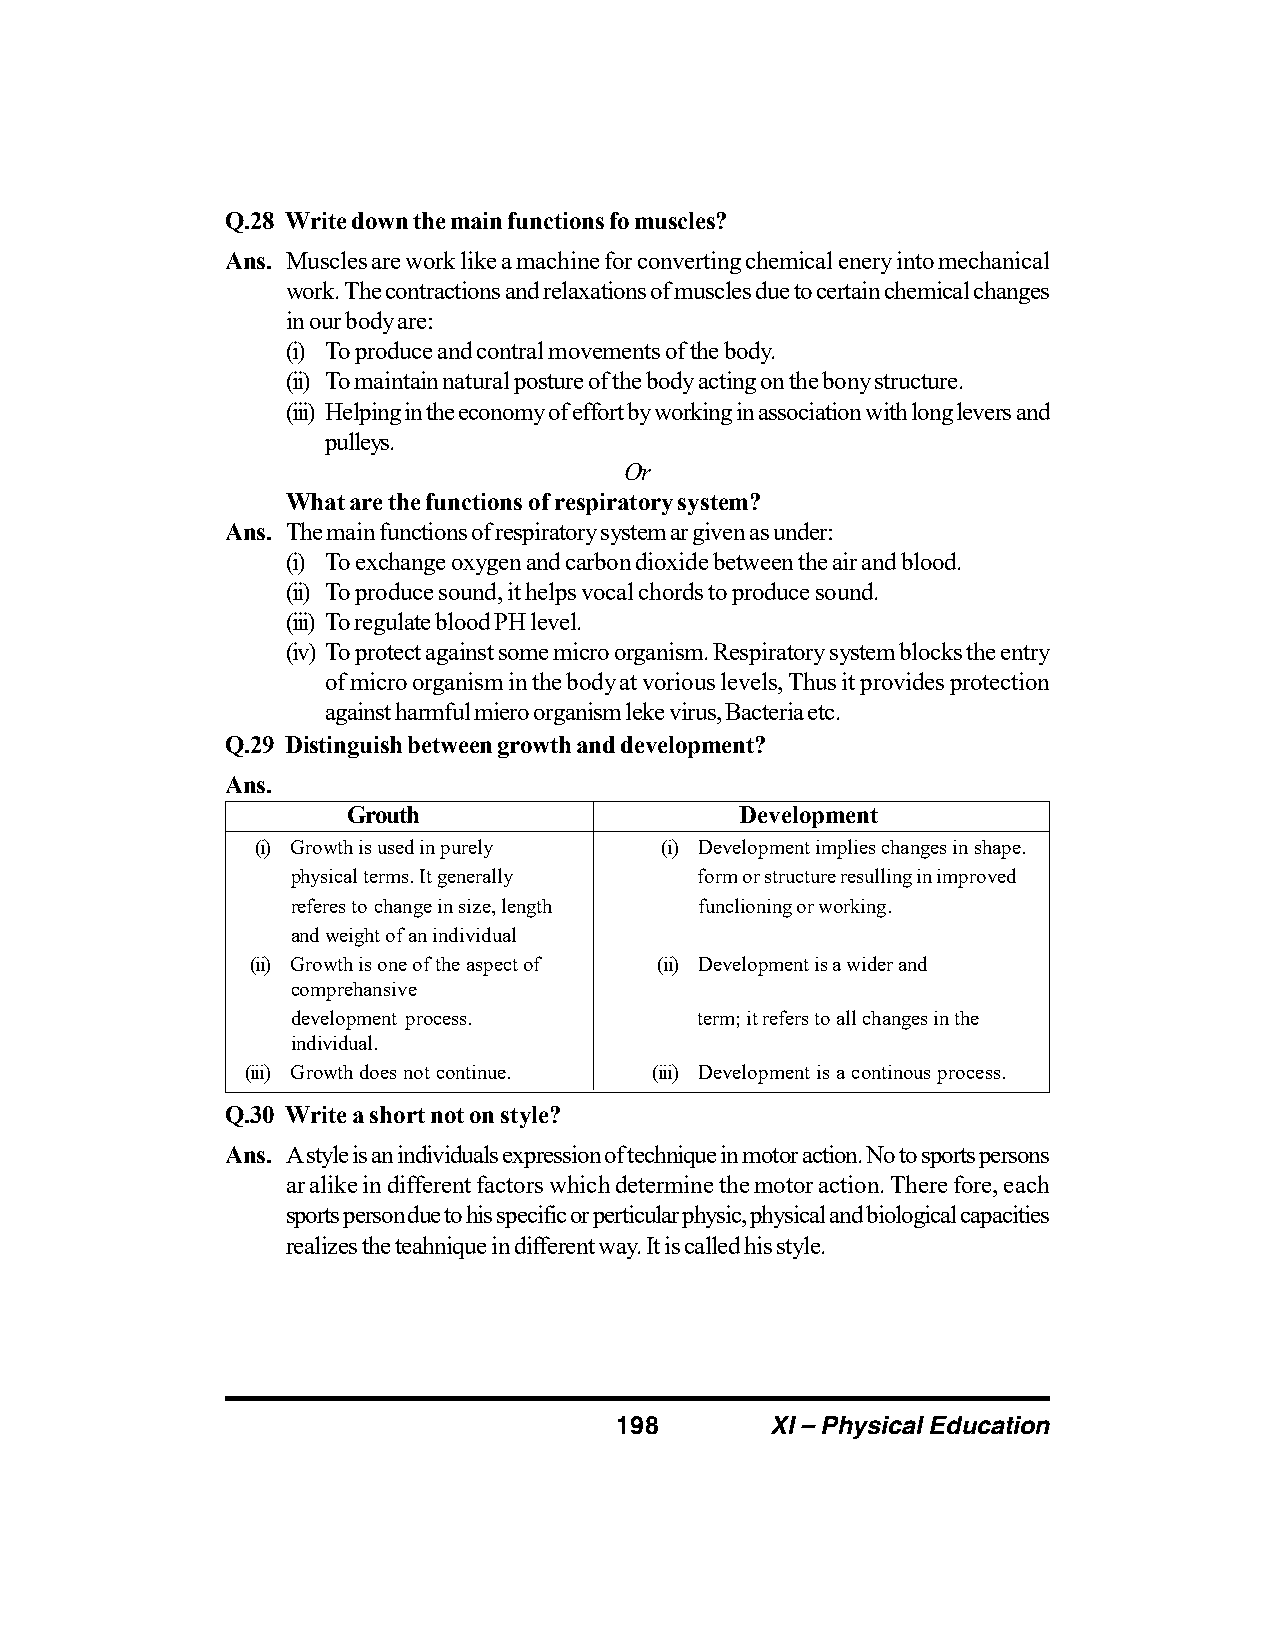
Q.28 Write down the main functions fo muscles?
 Ans. Muscles are work like a machine for converting chemical enery into mechanical
 work. The contractions and relaxations of muscles due to certain chemical changes
 in our body are:
 (i) To produce and contral movements of the body.
 (ii) To maintain natural posture of the body acting on the bony structure.
 (iii) Helping in the economy of effort by working in association with long levers and
 pulleys.
 Or
 What are the functions of respiratory system?
 Ans. The main functions of respiratory system ar given as under:
 (i) To exchange oxygen and carbon dioxide between the air and blood.
 (ii) To produce sound, it helps vocal chords to produce sound.
 (iii) To regulate blood PH level.
 (iv) To protect against some micro organism. Respiratory system blocks the entry
 of micro organism in the body at vorious levels, Thus it provides protection
 against harmful miero organism leke virus, Bacteria etc.
 Q.29 Distinguish between growth and development?
 Ans.
 Grouth                    Development
 (i) Growth is used in purely (i) Development implies changes in shape.
 physical terms. It generally form or structure resulling in improved
 referes to change in size, length funclioning or working.
 and weight of an individual
 (ii) Growth is one of the aspect of (ii) Development is a wider and
 comprehansive
 development process.       term; it refers to all changes in the
 individual.
 (iii) Growth does not continue. (iii) Development is a continous process.
 Q.30 Write a short not on style?
 Ans. A style is an individuals expression of technique in motor action. No to sports persons
 ar alike in different factors which determine the motor action. There fore, each
 sports person due to his specific or perticular physic, physical and biological capacities
 realizes the teahnique in different way. It is called his style.
 198       XI – Physical Education